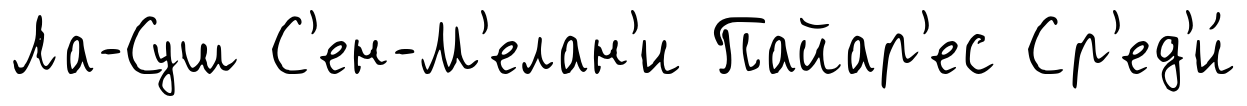
Ла-Суш С'ен-М'елан'и Пайар'ес Ср'ед'и́